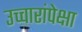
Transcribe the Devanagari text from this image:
उच्चारांपेक्षा